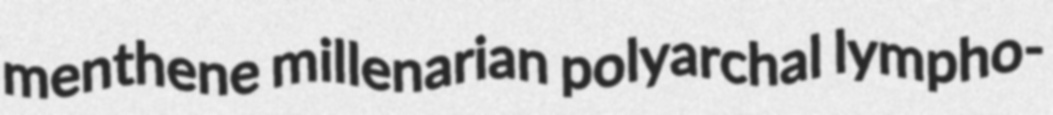
menthene millenarian polyarchal lympho-